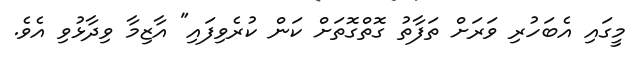
މީގައި އެބަހުރި ވަރަށް ތަފާތު ގޮތްގޮތަށް ކަން ކުރެވިފައި" އާޒިމާ ވިދާޅުވި އެވެ.